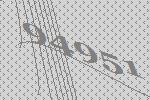
94951